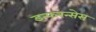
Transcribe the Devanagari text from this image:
इन्फरन्सेस